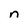
Character: n